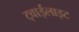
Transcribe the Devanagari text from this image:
ट्वाईलाइट